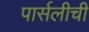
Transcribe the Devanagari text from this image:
पार्सलीची